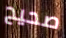
صحيح